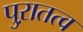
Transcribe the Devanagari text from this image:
पुऱातत्व